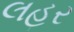
લહર